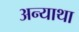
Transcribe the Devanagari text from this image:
अन्याथा